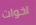
اخوات